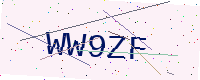
Text: WW9ZF